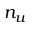
n _ { u }